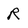
Character: R